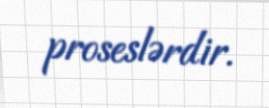
proseslərdir.